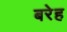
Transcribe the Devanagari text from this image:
बरेह